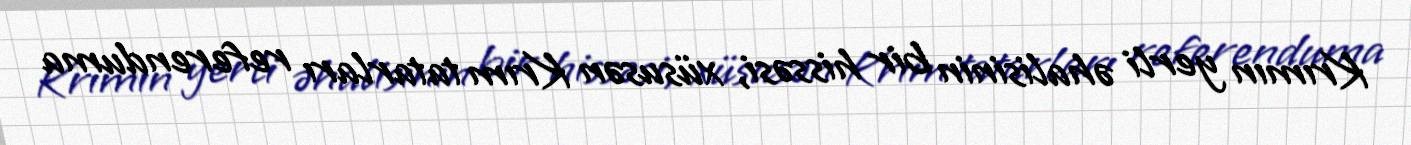
Krımın yerli əhalisinin bir hissəsi, xüsusən Krım tatarları referenduma